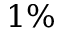
1 \%